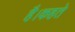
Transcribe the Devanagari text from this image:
है।कहते